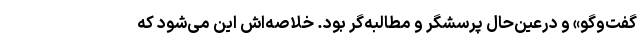
گفت‌وگو» و درعین‌حال پرسشگر و مطالبه‌گر بود. خلاصه‌اش این می‌شود که